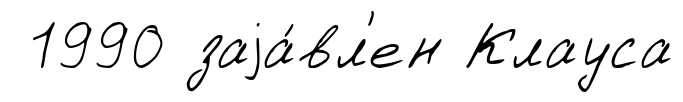
1990 заjа́вл'ен Клауса